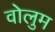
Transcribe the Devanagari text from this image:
वोलुम